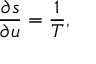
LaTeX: \frac { \partial s } { \partial u } = \frac { 1 } { T } ,